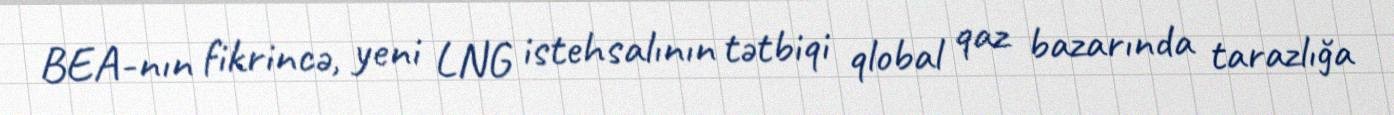
BEA-nın fikrincə, yeni LNG istehsalının tətbiqi qlobal qaz bazarında tarazlığa